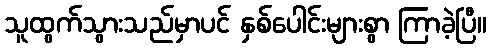
သူထွက်သွားသည်မှာပင် နှစ်ပေါင်းများစွာ ကြာခဲ့ပြီ။